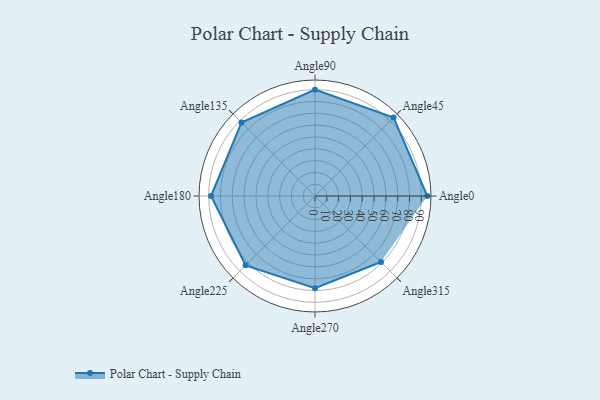
{"axis": {"x": "Angle", "y": "Radius"}, "legend": [""], "data": [{"x": "Angle0", "y": 95.0, "type": ""}, {"x": "Angle45", "y": 94.0, "type": ""}, {"x": "Angle90", "y": 90.0, "type": ""}, {"x": "Angle135", "y": 88.0, "type": ""}, {"x": "Angle180", "y": 88.0, "type": ""}, {"x": "Angle225", "y": 83.0, "type": ""}, {"x": "Angle270", "y": 78.0, "type": ""}, {"x": "Angle315", "y": 79.0, "type": ""}]}